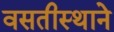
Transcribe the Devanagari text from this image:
वसतीस्थाने